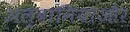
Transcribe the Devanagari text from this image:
अल्बानियाऔर